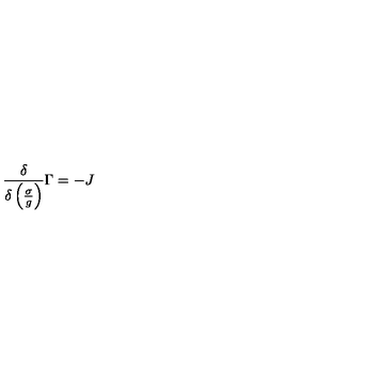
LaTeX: \frac { \delta } { \delta \left( \frac { \sigma } { g } \right) } \Gamma = - J